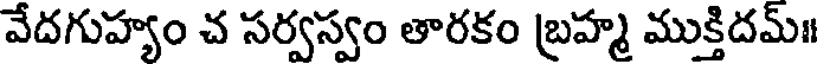
వేదగుహ్యం చ సర్వస్వం తారకం బ్రహ్మ ముక్తిదమ్॥